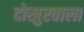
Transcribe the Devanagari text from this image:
दोखुरवाला